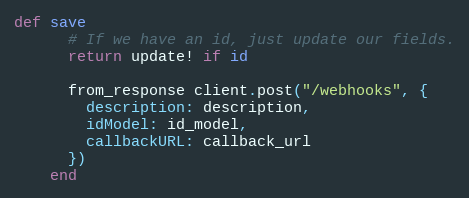
Language: Ruby
def save
      # If we have an id, just update our fields.
      return update! if id

      from_response client.post("/webhooks", {
        description: description,
        idModel: id_model,
        callbackURL: callback_url
      })
    end